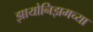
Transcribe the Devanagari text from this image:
झायोनिझमच्या